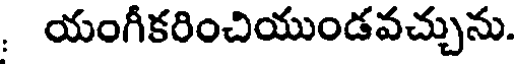
. యంగీకరించియుండవచ్చును.